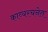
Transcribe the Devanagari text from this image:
काव्यरचनेत